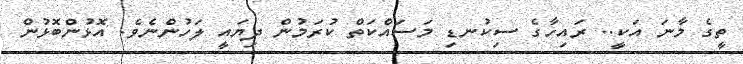
ތީގެ މާނަ އަކީ.. ރައިހާގެ ސިކުނޑި މަސައްކަތް ކުރަމުން ދިޔައީ ލަހުންނެވެ. އޮޅުންބޮޅުން